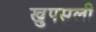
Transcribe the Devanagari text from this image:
खुपसली